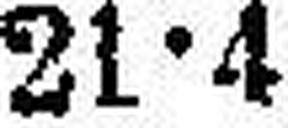
21•4